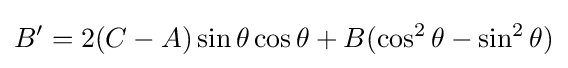
B'=2(C-A)\sin \theta \cos \theta +B(\cos ^{2}\theta -\sin ^{2}\theta )